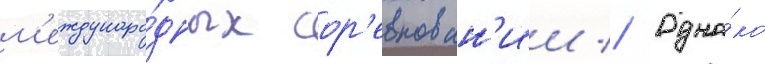
м'еждунаро́дных сор'евнован'ии // Одна́ко